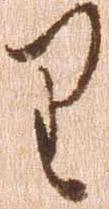
り